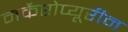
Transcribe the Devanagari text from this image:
मर्केप्टोप्यूरीन